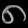
Digit: ၈